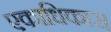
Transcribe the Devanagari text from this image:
एकाधिकार।